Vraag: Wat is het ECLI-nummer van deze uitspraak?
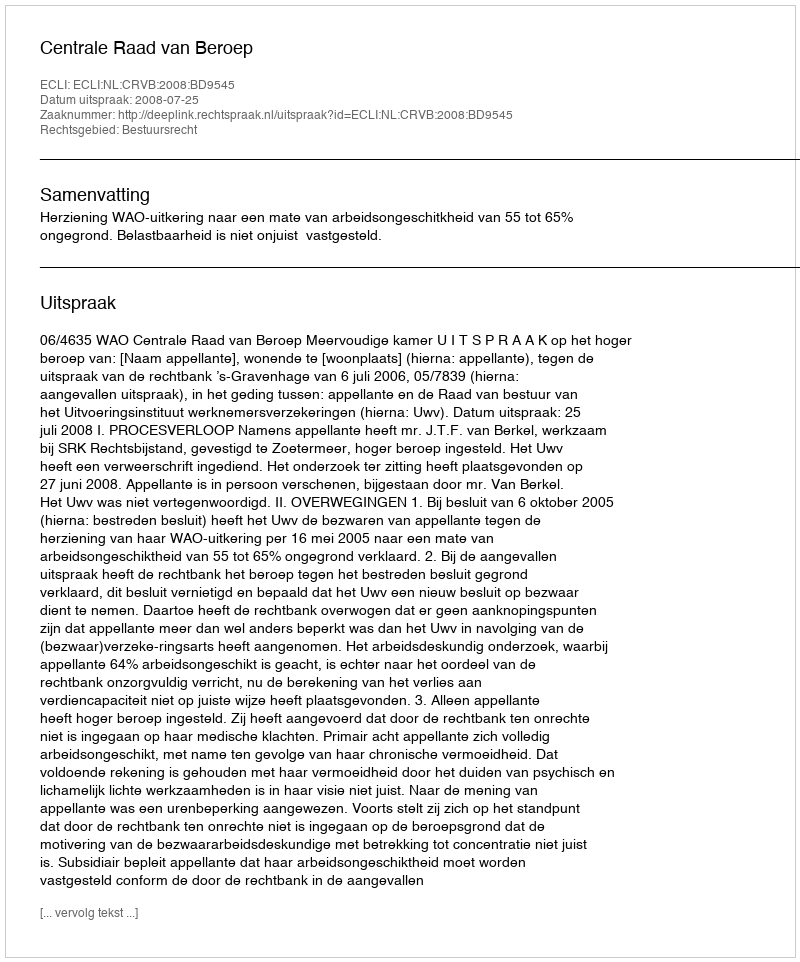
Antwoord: ECLI:NL:CRVB:2008:BD9545